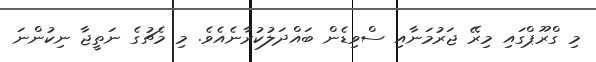
މި ގްރޫޕްގައި މިރޭ ޖަރުމަނާއި ސްވިޑެން ބައްދަލުކުރާނެއެވެ. މި މެޗުގެ ނަތީޖާ ނިކުންނަ